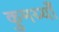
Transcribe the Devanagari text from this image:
कुमय्याँ